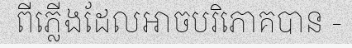
ពីភ្លើងដែលអាចបរិភោគបាន -